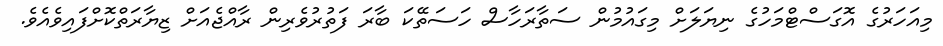
މިއަހަރުގެ އޮގަސްޓްމަހުގެ ނިޔަލަށް މިގައުމުން ސަތާރަހާސް ހަސަތޭކަ ބާރަ ފަތުރުވެރިން ރާއްޖެއަށް ޒިޔާރަތްކޮށްފައިވެއެވެ.